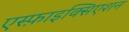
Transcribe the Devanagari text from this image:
एस्फ़ाइक्सिएशन